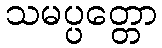
သမပ္ပတ္တော